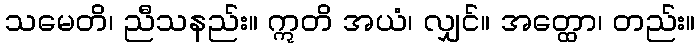
သမေတိ၊ ညီသနည်း။ ဣတိ အယံ၊ လျှင်။ အတ္ထော၊ တည်း။